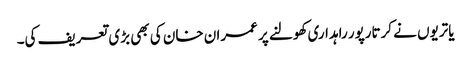
یاتریوں نے کرتارپور راہداری کھولنے پر عمران خان کی بھی بڑی تعریف کی۔